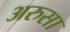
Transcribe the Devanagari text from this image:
अरुसा